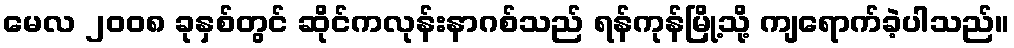
မေလ ၂၀၀၈ ခုနှစ်တွင် ဆိုင်ကလုန်းနာဂစ်သည် ရန်ကုန်မြို့သို့ ကျရောက်ခဲ့ပါသည်။